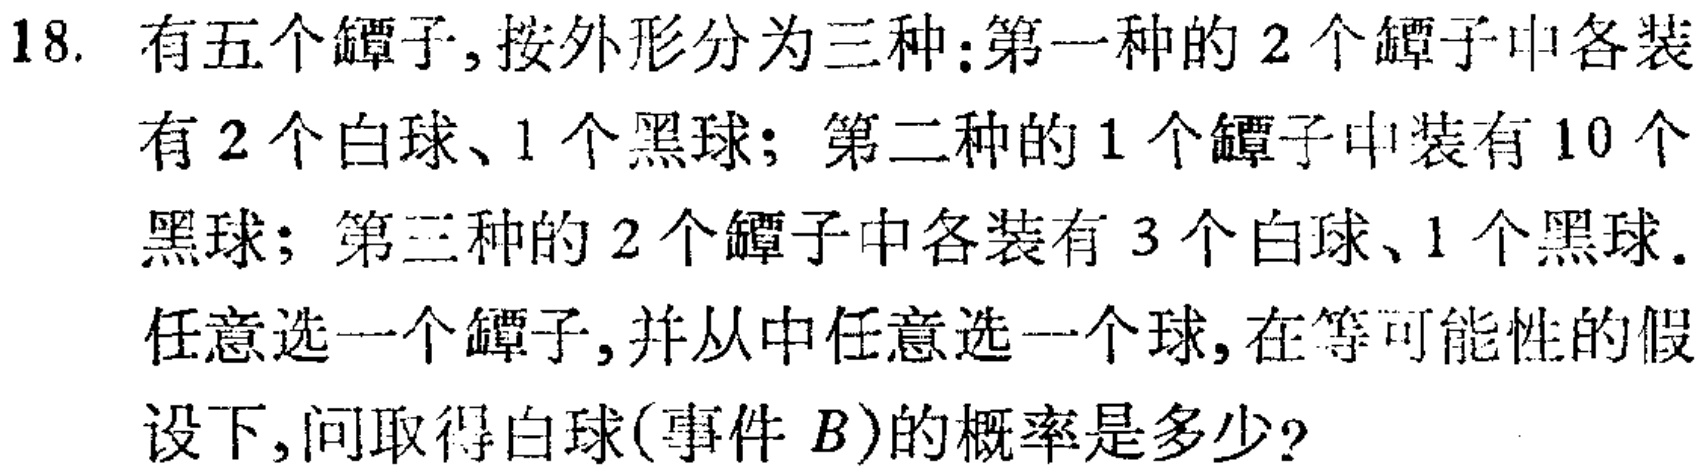
18. 有五个罐子, 按外形分为三种:第一种的 2 个罐子中各装有 2 个白球、1 个黑球; 第二种的 1 个罐子中装有 10 个黑球; 第三种的 2 个罐子中各装有 3 个白球、1 个黑球. 任意选一个罐子, 并从中任意选一个球, 在等可能性的假设下, 问取得白球(事件 \(B\))的概率是多少?